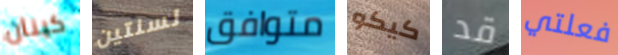
كينان لسنتين متوافق كيكو قد فعلتي